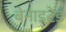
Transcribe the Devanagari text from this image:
बेनाइटेड